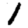
Digit: 1